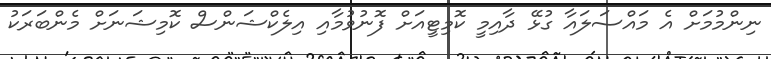
ނިންމުމަށް އެ މައްސަލައާ ގުޅޭ ދާއިމީ ކޮމިޓީއަށް ފޮނުވުމާއި އިލެކްޝަންސް ކޮމިޝަނަށް މެންބަރަކު